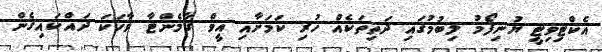
އެކްޓިވިޓީ ޔުނިފޯމު ލިބުމުގައި ދަތިތަކެއް ހުރި ކަމަށާއި އީވް ގާމެންޓާ ވާހަކަ ދައްކައިގެން